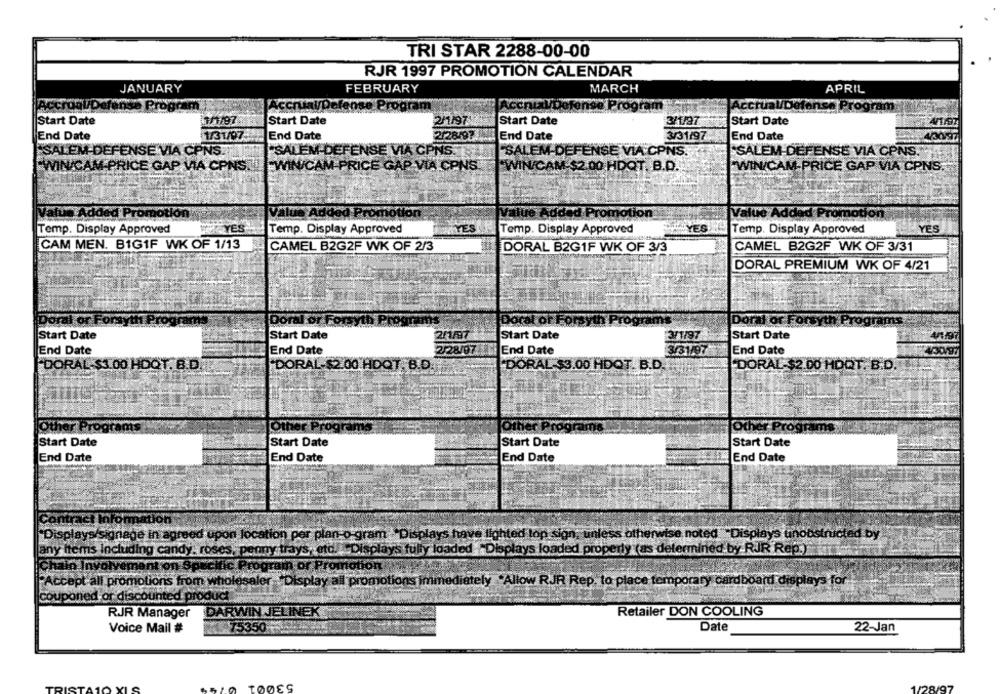
TRI STAR 2288-00-00
RJR 1997 PROMOTION CALENDAR
JANUARY
FEBRUARY
MARCH
APRIL
anse Progo
se Progr
ccrualDe
Start Date
3/1/97
Start Date
2/1/97
Start Date
3/1/97
Start Date
End Date
1/31/97
End Date
End Date
3/31/97
End Date
SALEM-DEFENSE VIA CPNS.
"SALEM-DEFENSE VIA CP
"SALEM-DEFENSE VIA CPNS.
SALEM-DEFENSE VIA CPNS.
WIN/CAM-$2.00 HDQT. B.D.
FWIN/CAM-PRICE GAP VIA CPNS.
EWIN/CAM-PRICE GAP VIA CPNS.
-WIN/CAM PRICE GAP VIA CONS
Ada
Proc
Value Added Promotion
Value Added
YES
"YES
YES
Temp. Display Approved
YES
Temp. Display Approved
Temp. Display Approved
Temp. Display Approved
CAM MEN. B1G1F WK OF 1/13
CAMEL B2G2F WK OF 2/3
DORAL B2G1F WK OF 3/3
CAMEL B2G2F WK OF 3/31
DORAL PREMIUM WK OF 4/21
Dor
Doc
Dora
Start Date
Start Date
2/1/97
Start Date
311/97
Start Date
End Date
End Date
2/28/07
End Date
3/31/97
End Date
DORAL-$3.00 HDQT. B.D
DORAL-$2.00 HDQT, B.D
DORAL-$3.00 HDOT. B.D.
DORAL-$2 00 HDQT. B.D.
Other Progre
oth
Start Date
Start Date
Start Date
Start Date
End Date
End Date
End Date
End Date
nage in agreed
on location per plan-o-gram "Displays have lighted lop sign, unless otherwise noted "Displays tinobstructed by
any items Including candy, roses, penny trays, etc. "Displays fully loaded "Displays loaded properly (as determined by RJR Rep.)
all pro
ns from w
olesaler-"Display ail promotions immediately .Allow RJR Rep. to place temporary cardboard displays for
CO
RJR Manager
DARWIN JELINEK
Retailer DON COOLING
Voice Mail #
Date
22-Jan
53001